Medical and sanitary report of the native army of Madras for the year
Year: 1872
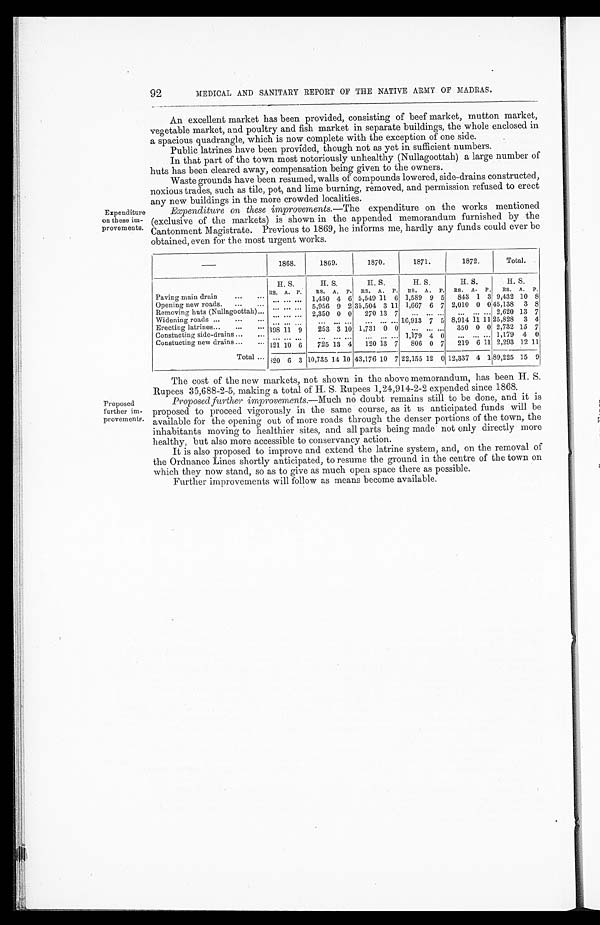
92
MEDICAL AND SANITARY REPORT OF THE NATIVE ARMY OF MADRAS.
Expenditure
on these im-
provements.
Proposed
further im-
provements.
An excellent market has been provided, consisting of beef market, mutton market,
vegetable market, and poultry and fish market in separate buildings, the whole enclosed in
a spacious quadrangle, which is now complete with the exception of one side.
Public latrines have been provided, though not as yet in sufficient numbers.
In that part of the town most notoriously unhealthy (Nullagoottah) a large number of
huts has been cleared away, compensation being given to the owners.
Waste grounds have been resumed, walls of compounds lowered, side-drains constructed,
noxious trades, such as tile, pot, and lime burning, removed, and permission refused to erect
any new buildings in the more crowded localities.
Expenditure on these improvements. —The expenditure on the works mentioned
(exclusive of the markets) is shown in the appended memorandum furnished by the
Cantonment Magistrate. Previous to 1869, he informs me, hardly any funds could ever be
obtained, even for the most urgent works.
—
1868.
1869.
1870.
1871.
1872.
Total.
H. S.
H. S.
H. S.
H. S.
H. S.
H. S.
RS. A. P.
RS. A. P.
RS. A. P.
RS. A. P.
RS. A. P.
RS. A. P.
Paving main drain...
... ... ... ...
1,450 4 6 5,549 11 6 1,589 9 5
843 1 3 9,432 10 8
Opening new roads
...
...
... ... ...
5,956 9 2 35,504 3 11 1,667 6 7 2,010 0 0
45,138 3 8
Removing huts (Nullagoottah)....
... ... ... ...
2,350 0 0
270 13 7
... ... ...
... ... ... 2,620 13 7
Widening roads ...
...
... ... ... ... ...
... ...
... ... ...
16,913 7 5 8,914 11 11 25,828 3 4
Erecting latrines...
...
.. 398 11 9
253 3 10 1,731 0 0
... ... ...
350 0 0 2,732 15 7
Constucting side-drains ...
...
. . . . . . . . .
... ... ...
... ... ... 1,179 4 0
... ... ... 1,179 4 0
Constucting new drains ...
... 121 1 0 6
725 13 4
120 13 7
806 0 7
219 6 11 2,293 12 11
Total ... 820 6 3 10,735 14 10 43,176 10 7 22,155 12 0 12,337 4 1 89,225 15 9
The cost of the new markets, not shown in the above memorandum, has been H. S.
Rupees 35,688-2-5, making a total of H. S. Rupees 1,21,914-2-2 expended since 1868.
Proposed further improvements. —Much no doubt remains still to be done, and it is
proposed to proceed vigorously in the same course, as it is anticipated funds will be
available for the opening out of more roads through the denser portions of the town, the
inhabitants moving to healthier sites, and all parts being made not only directly more
healthy, but also more accessible to conservancy action.
It is also proposed to improve and extend the latrine system, and, on the removal of
the Ordnance Lines shortly anticipated, to resume the ground in the centre of the town on
which they now stand, so as to give as much open space there as possible.
Further improvements will follow as means become available.